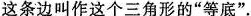
这条边叫作这个三角形的“等底”.